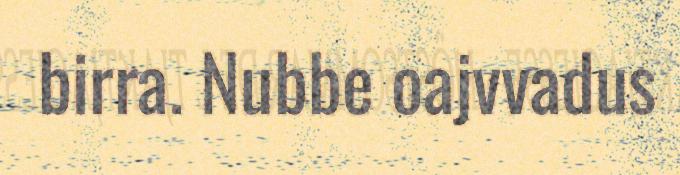
birra. Nubbe oajvvadus